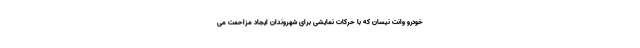
خودرو وانت نیسان که با حرکات نمایشی برای شهروندان ایجاد مزاحمت می